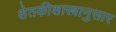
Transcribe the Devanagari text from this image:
शेतकीशास्त्रानुसार